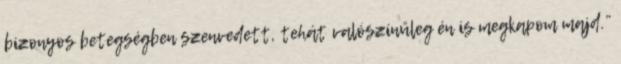
bizonyos betegségben szenvedett, tehát valószínűleg én is megkapom majd.”